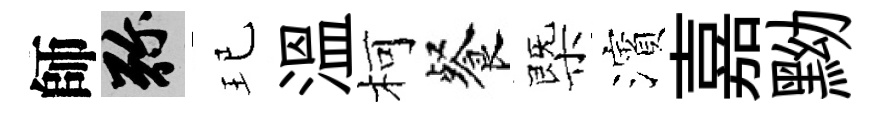
師弥玘溫柯餐㮣濱嘉黝